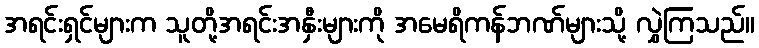
အရင်းရှင်များက သူတို့အရင်းအနှီးများကို အမေရိကန်ဘဏ်များသို့ လွှဲကြသည်။